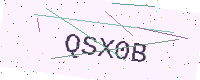
Text: QSX0B